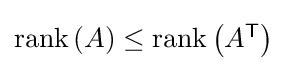
{\textstyle \operatorname {rank} \left(A\right)\leq \operatorname {rank} \left(A^{\textsf {T}}\right)}